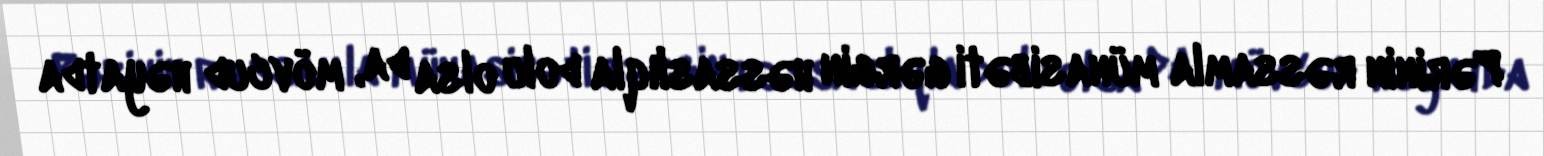
Pərinin rəssamla münasibəti gərgin həssaslıqla dolu olsa da, mövcud həyatda